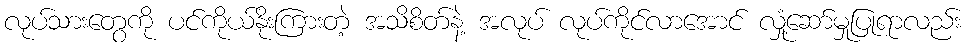
လုပ်သားတွေကို ပင်ကိုယ်နိုးကြားတဲ့ အသိစိတ်နဲ့ အလုပ် လုပ်ကိုင်လာအောင် လှုံ့ဆော်မှုပြုရာလည်း